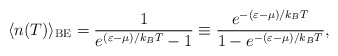
\begin{align*}\langle n(T) \rangle_{\rm{BE}} = \frac{1}{e^{(\varepsilon -\mu) /k_BT}-1} \equiv \frac{e^{- (\varepsilon -\mu) /k_BT}}{1 - e^{-(\varepsilon -\mu) /k_BT}},\end{align*}